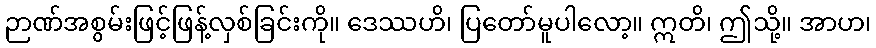
ဉာဏ်အစွမ်းဖြင့်ဖြန့်လှစ်ခြင်းကို။ ဒေဿဟိ၊ ပြတော်မူပါလော့။ ဣတိ၊ ဤသို့။ အာဟ၊